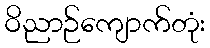
ဝိညာဉ်ကျောက်တုံး